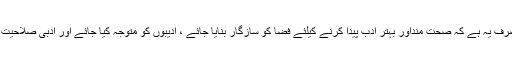
” ادبی سراغرساں کی مہمات کا مقصد صرف یہ ہے کہ صحت منداور بہتر ادب پیدا کرنے کیلئے فضا کو سازگار بنایا جائے ، ادیبوں کو متوجہ کیا جائے اور ادبی صلاحیت رکھنے والے اہل قلم کو بیدا رکیا جائے ۔